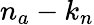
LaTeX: n_{a}-k_{n}